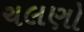
ચલણો